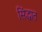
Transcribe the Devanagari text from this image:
सिंद्धात